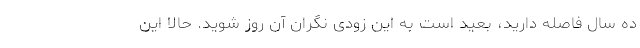
ده سال فاصله دارید، بعید است به این زودی نگران آن روز شوید. حالا این